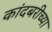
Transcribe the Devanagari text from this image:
कांदबरीच्या